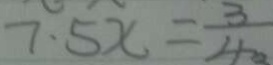
7 . 5 x = \frac { 3 } { 4 }